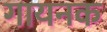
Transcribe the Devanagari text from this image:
गायनक